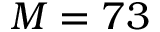
M = 7 3